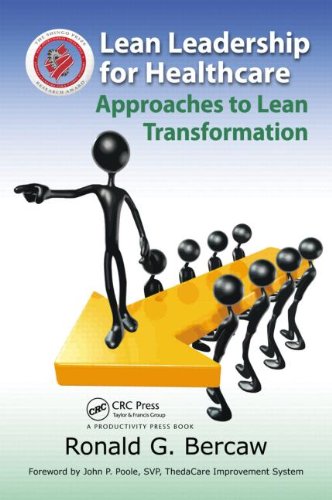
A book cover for Lean Leadership for Healthcare: Approaches to Lean Transformation; Ronald G. Bercaw; Business & Money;